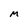
Character: M